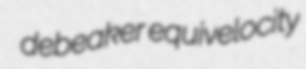
debeaker equivelocity